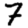
Digit: 7